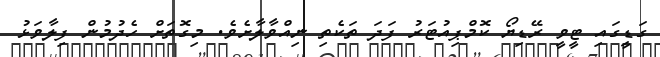
ގަޑީގައި ޓީވީ ރޭޑިޔޯ ކޮމްޕިއުޓަރު ފަދަ ތަކެތި ނިއްވާލާށެވެ. މިގޮތަށް ހެދުމުން ފިލާވަޅު